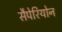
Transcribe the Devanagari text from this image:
सैपेरियोन